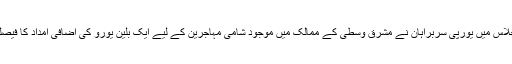
اس اجلاس ميں يورپی سربراہان نے مشرق وسطی کے ممالک ميں موجود شامی مہاجرين کے ليے ايک بلين يورو کی اضافی امداد کا فيصلہ کيا۔